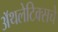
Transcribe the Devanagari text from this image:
अॅथलेटिक्सचे